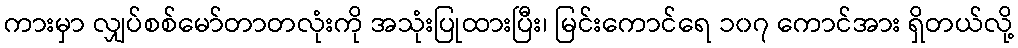
ကားမှာ လျှပ်စစ်မော်တာတလုံးကို အသုံးပြုထားပြီး၊ မြင်းကောင်ရေ ၁၀၇ ကောင်အား ရှိတယ်လို့